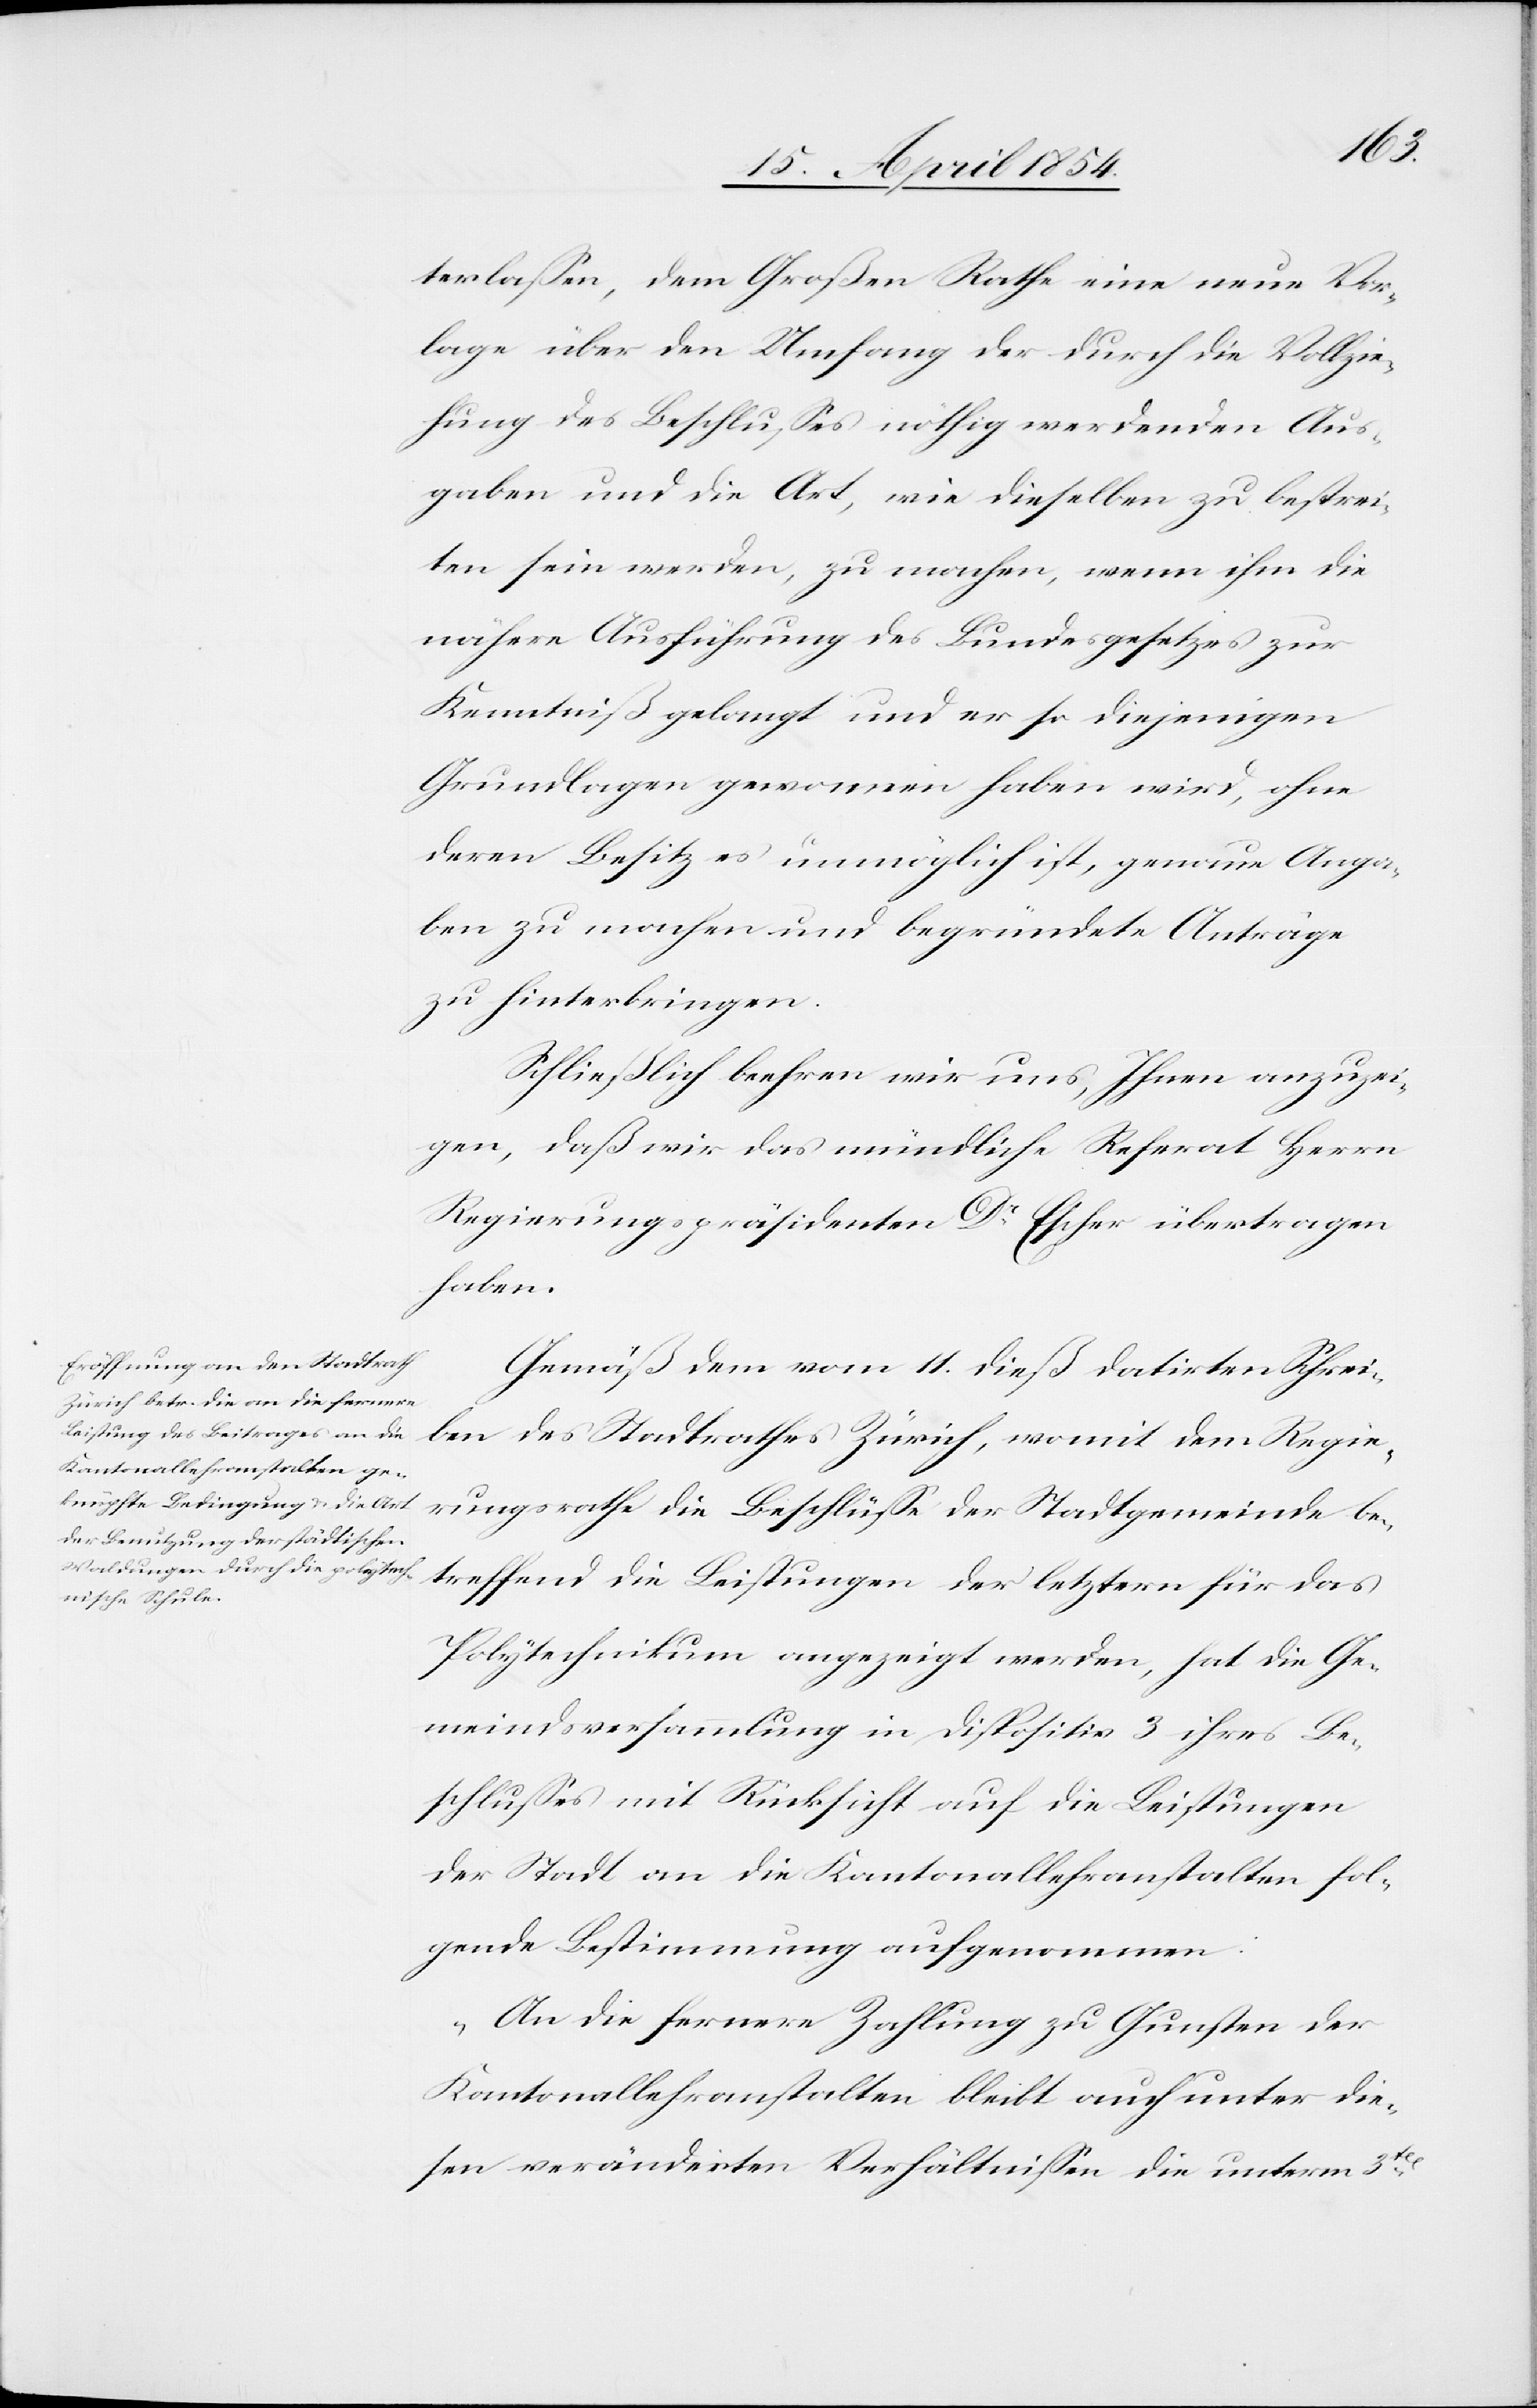
terlaßen, dem Großen Rathe eine neue Vor¬
lage über den Umfang der durch die Vollzie¬
hung des Beschlußes nöthig werdenden Aus¬
gaben und die Art, wie dieselben zu bestrei¬
ten sein werden, zu machen, wenn ihm die
nähere Ausführung des Bundesgesetzes zur
Kenntniß gelangt und er so diejenigen
Grundlagen gewonnen haben wird, ohne
deren Besitz es unmöglich ist, genaue Anga¬
ben zu machen und begründete Anträge
zu hinterbringen.
Schließlich beehren wir uns, Ihnen anzuzei¬
gen, daß wir das mündliche Referat Herrn
Regierungspräsidenten Dr
Escher übertragen
haben.
Gemäß dem vom 11. dieß datirten Schrei¬
ben des Stadtrathes Zürich, womit dem Regie¬
rungsrathe die Beschlüße der Stadtgemeinde be¬
treffend die Leistungen der letztern für das
Polytechnikum angezeigt werden, hat die Ge¬
meindsversammlung in Dispositiv 3 ihres Be¬
schlußes mit Rücksicht auf die Leistungen
der Stadt an die Kantonallehranstalten fol¬
gende Bestimmung aufgenommen:
„An die fernere Zahlung zu Gunsten der
Kantonallehranstalten bleibt auch unter die¬
sen veränderten Verhältnißen die unterm 3ten